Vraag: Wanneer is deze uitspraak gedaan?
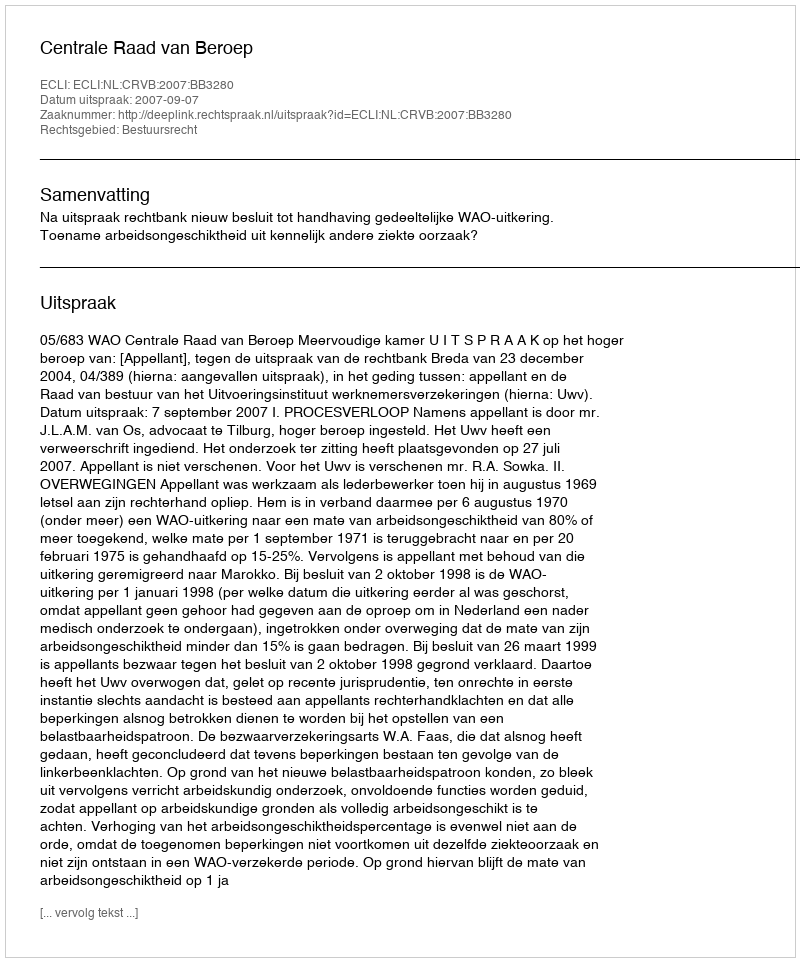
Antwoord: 2007-09-07